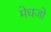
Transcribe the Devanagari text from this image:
मेधजो